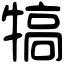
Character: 犒